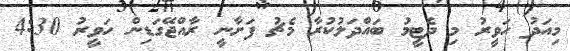
މިއަދު ހަވީރު މި ދެޓީމު ބައްދަލުކުރާ މެޗު ފަށާނީ ރާއްޖޭގަޑިން ހަވީރު 4:30